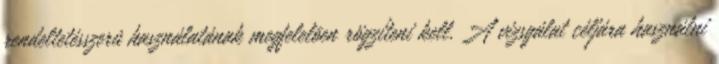
rendeltetésszerû használatának megfelelõen rögzíteni kell. A vizsgálat céljára használni